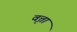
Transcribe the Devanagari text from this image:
वृत्ता